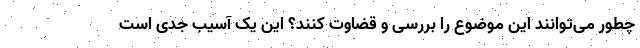
چطور می‌توانند این موضوع را بررسی و قضاوت کنند؟ این یک آسیب جدی است